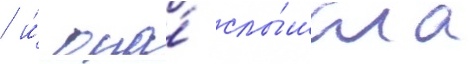
/ и́ она́ слы́шала